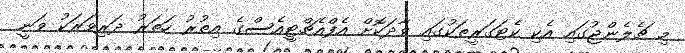
މި ޗެލެންޖުގައި އެކި ކެޓަގަރީތަކުގައި ވާދަކޮށް އެފްއެޗްޓީއެސްގެ އިތުރު ހަތަރު ދަރިވަރަކު ވަނީ